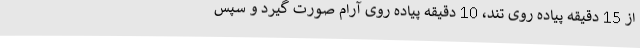
از 15 دقیقه پیاده روی تند، 10 دقیقه پیاده روی آرام صورت گیرد و سپس